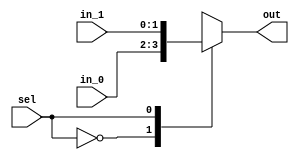
/*
 * Generated by Digital. Don't modify this file!
 * Any changes will be lost if this file is regenerated.
 */

module Mux_2x1_NBits #(
    parameter Bits = 2
)
(
    input [0:0] sel,
    input [(Bits - 1):0] in_0,
    input [(Bits - 1):0] in_1,
    output reg [(Bits - 1):0] out
);
    always @ (*) begin
        case (sel)
            1'h0: out = in_0;
            1'h1: out = in_1;
            default:
                out = 'h0;
        endcase
    end
endmodule


module Mux_2x1
(
    input [0:0] sel,
    input in_0,
    input in_1,
    output reg out
);
    always @ (*) begin
        case (sel)
            1'h0: out = in_0;
            1'h1: out = in_1;
            default:
                out = 'h0;
        endcase
    end
endmodule


module DIG_D_FF_AS_1bit
#(
    parameter Default = 0
)
(
   input Set,
   input D,
   input C,
   input Clr,
   output Q,
   output \~Q
);
    reg state;

    assign Q = state;
    assign \~Q  = ~state;

    always @ (posedge C or posedge Clr or posedge Set)
    begin
        if (Set)
            state <= 1'b1;
        else if (Clr)
            state <= 'h0;
        else
            state <= D;
    end

    initial begin
        state = Default;
    end
endmodule

module Mux_4x1
(
    input [1:0] sel,
    input in_0,
    input in_1,
    input in_2,
    input in_3,
    output reg out
);
    always @ (*) begin
        case (sel)
            2'h0: out = in_0;
            2'h1: out = in_1;
            2'h2: out = in_2;
            2'h3: out = in_3;
            default:
                out = 'h0;
        endcase
    end
endmodule


module downcounter_new (
  input EN,
  input LOAD,
  input CLK,
  input RESET,
  input [3:0] IN1,
  input rst,
  output [3:0] CNT,
  output ZERO
);
  wire [3:0] s0;
  wire s1;
  wire s2;
  wire s3;
  wire s4;
  wire s5;
  wire s6;
  wire s7;
  wire s8;
  wire s9;
  wire s10;
  wire s11;
  wire [1:0] s12;
  wire s13;
  wire s14;
  wire s15;
  wire [1:0] s16;
  wire s17;
  wire s18;
  wire s19;
  wire [1:0] s20;
  wire s21;
  wire s22;
  wire s23;
  wire [1:0] s24;
  wire s25;
  wire s26;
  wire s27;
  wire s28;
  wire s29;
  wire s30;
  wire s31;
  wire s32;
  wire s33;
  wire s34;
  wire s35;
  wire s36;
  wire [3:0] s37;
  assign s12[0] = EN;
  assign s12[1] = LOAD;
  assign s9 = ~ RESET;
  assign s37[0] = 1'b0;
  assign s37[1] = 1'b0;
  assign s37[2] = 1'b0;
  assign s37[3] = 1'b0;
  assign s25 = IN1[0];
  assign s28 = IN1[1];
  assign s31 = IN1[2];
  assign s34 = IN1[3];
  assign s26 = s37[0];
  assign s29 = s37[1];
  assign s32 = s37[2];
  assign s35 = s37[3];
  Mux_2x1 Mux_2x1_i0 (
    .sel( rst ),
    .in_0( s25 ),
    .in_1( s26 ),
    .out( s27 )
  );
  Mux_2x1 Mux_2x1_i1 (
    .sel( rst ),
    .in_0( s28 ),
    .in_1( s29 ),
    .out( s30 )
  );
  Mux_2x1 Mux_2x1_i2 (
    .sel( rst ),
    .in_0( s31 ),
    .in_1( s32 ),
    .out( s33 )
  );
  Mux_2x1 Mux_2x1_i3 (
    .sel( rst ),
    .in_0( s34 ),
    .in_1( s35 ),
    .out( s36 )
  );
  assign s0[0] = s27;
  assign s0[1] = s30;
  assign s0[2] = s33;
  assign s0[3] = s36;
  assign s1 = s0[0];
  assign s2 = s0[1];
  assign s3 = s0[2];
  assign s4 = s0[3];
  DIG_D_FF_AS_1bit #(
    .Default(0)
  )
  DIG_D_FF_AS_1bit_i4 (
    .Set( s9 ),
    .D( s10 ),
    .C( CLK ),
    .Clr( 1'b0 ),
    .Q( s5 ),
    .\~Q ( s11 )
  );
  Mux_4x1 Mux_4x1_i5 (
    .sel( s12 ),
    .in_0( s5 ),
    .in_1( s11 ),
    .in_2( s1 ),
    .in_3( s1 ),
    .out( s10 )
  );
  assign s13 = (s11 & EN);
  DIG_D_FF_AS_1bit #(
    .Default(0)
  )
  DIG_D_FF_AS_1bit_i6 (
    .Set( s9 ),
    .D( s14 ),
    .C( CLK ),
    .Clr( 1'b0 ),
    .Q( s6 ),
    .\~Q ( s15 )
  );
  Mux_4x1 Mux_4x1_i7 (
    .sel( s16 ),
    .in_0( s6 ),
    .in_1( s15 ),
    .in_2( s2 ),
    .in_3( s2 ),
    .out( s14 )
  );
  assign s16[0] = s13;
  assign s16[1] = LOAD;
  DIG_D_FF_AS_1bit #(
    .Default(0)
  )
  DIG_D_FF_AS_1bit_i8 (
    .Set( s9 ),
    .D( s18 ),
    .C( CLK ),
    .Clr( 1'b0 ),
    .Q( s7 ),
    .\~Q ( s19 )
  );
  Mux_4x1 Mux_4x1_i9 (
    .sel( s20 ),
    .in_0( s7 ),
    .in_1( s19 ),
    .in_2( s3 ),
    .in_3( s3 ),
    .out( s18 )
  );
  assign s20[0] = s17;
  assign s20[1] = LOAD;
  DIG_D_FF_AS_1bit #(
    .Default(0)
  )
  DIG_D_FF_AS_1bit_i10 (
    .Set( s9 ),
    .D( s22 ),
    .C( CLK ),
    .Clr( 1'b0 ),
    .Q( s8 ),
    .\~Q ( s23 )
  );
  Mux_4x1 Mux_4x1_i11 (
    .sel( s24 ),
    .in_0( s8 ),
    .in_1( s23 ),
    .in_2( s4 ),
    .in_3( s4 ),
    .out( s22 )
  );
  assign s24[0] = s21;
  assign s24[1] = LOAD;
  assign CNT[0] = s5;
  assign CNT[1] = s6;
  assign CNT[2] = s7;
  assign CNT[3] = s8;
  assign s17 = (s15 & s13);
  assign s21 = (s19 & s17);
  assign ZERO = (s23 & s21);
endmodule

module downcounter (
  input rst,
  input count,
  input load,
  input [3:0] pm10,
  input [3:0] pm1,
  input [3:0] ps10,
  input [3:0] ps1,
  input c1khz,
  output [3:0] s1,
  output [3:0] s10,
  output [3:0] m1,
  output [3:0] m10,
  output zero
);
  wire s0;
  wire s2;
  wire s3;
  wire [3:0] s4;
  wire s5;
  wire s6;
  wire s7;
  wire s8;
  wire [3:0] s9;
  wire s11;
  wire s12;
  wire [3:0] s13;
  wire s14;
  wire [3:0] s15;
  wire s16;
  wire [3:0] s17;
  wire [3:0] s18;
  wire [3:0] s19;
  wire [3:0] s20;
  assign s17[0] = 1'b1;
  assign s17[1] = 1'b0;
  assign s17[2] = 1'b0;
  assign s17[3] = 1'b1;
  assign s19[0] = 1'b1;
  assign s19[1] = 1'b0;
  assign s19[2] = 1'b0;
  assign s19[3] = 1'b1;
  assign s18[0] = 1'b1;
  assign s18[1] = 1'b0;
  assign s18[2] = 1'b1;
  assign s18[3] = 1'b0;
  assign s20[0] = 1'b1;
  assign s20[1] = 1'b0;
  assign s20[2] = 1'b0;
  assign s20[3] = 1'b1;
  assign s5 = ~ rst;
  assign s16 = (s5 | load);
  Mux_2x1_NBits #(
    .Bits(4)
  )
  Mux_2x1_NBits_i0 (
    .sel( s16 ),
    .in_0( s17 ),
    .in_1( pm1 ),
    .out( s9 )
  );
  Mux_2x1_NBits #(
    .Bits(4)
  )
  Mux_2x1_NBits_i1 (
    .sel( s16 ),
    .in_0( s18 ),
    .in_1( ps10 ),
    .out( s13 )
  );
  Mux_2x1_NBits #(
    .Bits(4)
  )
  Mux_2x1_NBits_i2 (
    .sel( s16 ),
    .in_0( s19 ),
    .in_1( ps1 ),
    .out( s15 )
  );
  Mux_2x1_NBits #(
    .Bits(4)
  )
  Mux_2x1_NBits_i3 (
    .sel( s16 ),
    .in_0( s20 ),
    .in_1( pm10 ),
    .out( s4 )
  );
  assign s3 = ((s16 & c1khz) | count);
  downcounter_new downcounter_new_i4 (
    .EN( s0 ),
    .LOAD( s2 ),
    .CLK( s3 ),
    .RESET( 1'b1 ),
    .IN1( s4 ),
    .rst( s5 ),
    .CNT( m10 ),
    .ZERO( s6 )
  );
  downcounter_new downcounter_new_i5 (
    .EN( s7 ),
    .LOAD( s8 ),
    .CLK( s3 ),
    .RESET( 1'b1 ),
    .IN1( s9 ),
    .rst( s5 ),
    .CNT( m1 ),
    .ZERO( s0 )
  );
  downcounter_new downcounter_new_i6 (
    .EN( s11 ),
    .LOAD( s12 ),
    .CLK( s3 ),
    .RESET( 1'b1 ),
    .IN1( s13 ),
    .rst( s5 ),
    .CNT( s10 ),
    .ZERO( s7 )
  );
  downcounter_new downcounter_new_i7 (
    .EN( 1'b1 ),
    .LOAD( s14 ),
    .CLK( s3 ),
    .RESET( 1'b1 ),
    .IN1( s15 ),
    .rst( s5 ),
    .CNT( s1 ),
    .ZERO( s11 )
  );
  assign s8 = (s0 | s16);
  assign s12 = (s7 | s16);
  assign s14 = (s11 | s16);
  assign s2 = (s6 | s16);
  assign zero = (s11 & s6 & s0 & s7);
endmodule